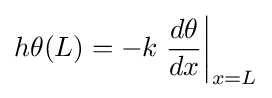
h\theta (L)=-k\left.{\frac {d\theta }{dx}}\right\vert _{x=L}